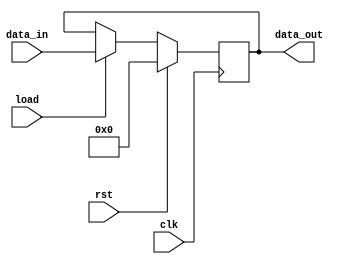
module Register #(parameter WORD_SIZE = 32)
(
input clk, rst, load, 
input [WORD_SIZE-1:0] data_in, 
output reg [WORD_SIZE-1:0] data_out
);
	always @ (posedge clk)
	begin
		if(rst)
			data_out <= 'b0;
		else if(load)
			data_out <= data_in;
	end
endmodule